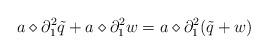
LaTeX: \begin{align*}a \diamond \partial_1^2 \tilde{q} + a \diamond \partial_1^2 w = a \diamond \partial_1^2(\tilde{q} + w)\end{align*}